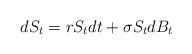
LaTeX: \begin{align*}dS_{t}=rS_{t}dt+\sigma S_{t}dB_{t}\end{align*}